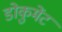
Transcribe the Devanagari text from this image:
डोकुमेंट